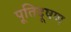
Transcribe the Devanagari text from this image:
पूतिदूषण